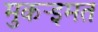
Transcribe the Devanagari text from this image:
मुकर्‍इमत